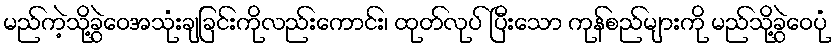
မည်ကဲ့သို့ခွဲဝေအသုံးချခြင်းကိုလည်းကောင်း၊ ထုတ်လုပ် ပြီးသော ကုန်စည်များကို မည်သို့ခွဲဝေပုံ